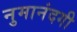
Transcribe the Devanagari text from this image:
नुमानंदगी